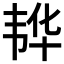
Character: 𮧵